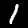
Digit: 1